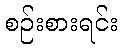
စဉ်းစားရင်း